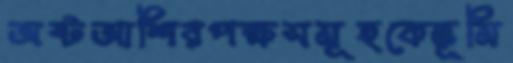
অষ্টআশিরপক্ষসমূহকেভূমি